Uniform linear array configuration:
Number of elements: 64
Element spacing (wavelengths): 0.25
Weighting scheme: uniform
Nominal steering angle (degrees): -15
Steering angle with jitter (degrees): -16.394
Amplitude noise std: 0.05
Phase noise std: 0.05

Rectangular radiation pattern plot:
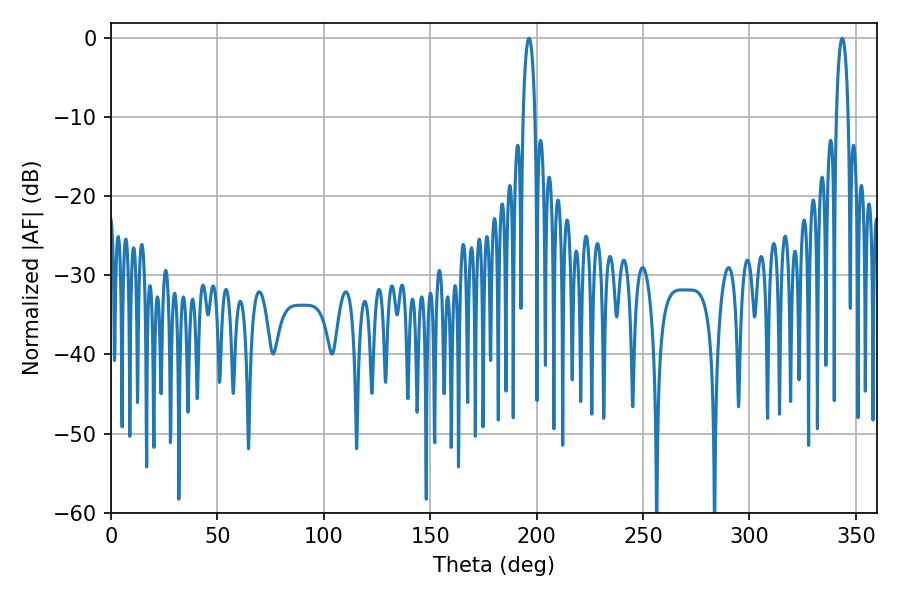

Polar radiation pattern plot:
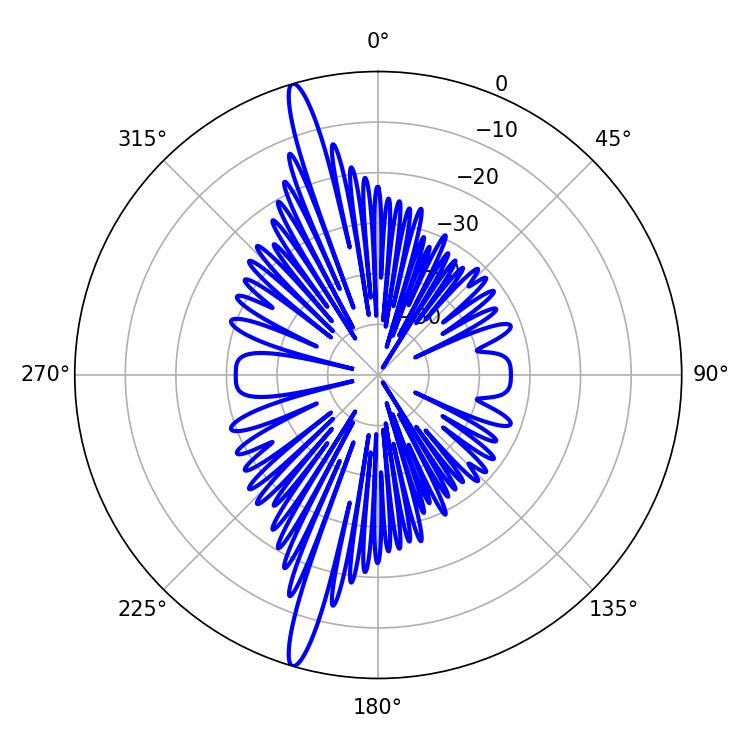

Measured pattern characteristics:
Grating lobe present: FALSE
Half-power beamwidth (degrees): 3.24
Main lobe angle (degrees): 196.38